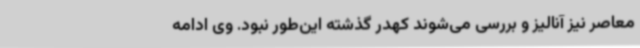
معاصر نیز آنالیز و بررسی می‌شوند کهدر گذشته این‌طور نبود. وی ادامه